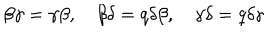
\beta \gamma = \gamma \beta , \quad \beta \delta = q \delta \beta , \quad \gamma \delta = q \delta \gamma